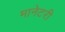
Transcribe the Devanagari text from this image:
मानेटरी